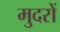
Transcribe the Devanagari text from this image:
मुदरों